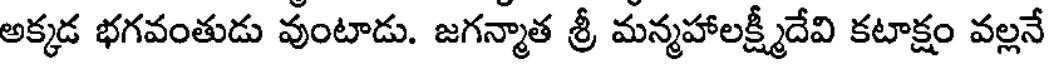
అక్కడ భగవంతుడు వుంటాడు. జగన్మాత శ్రీ మన్మహాలక్ష్మీదేవి కటాక్షం వల్లనే